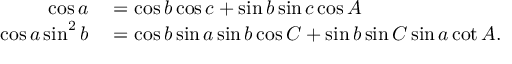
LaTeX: \begin{array} { r l } { \cos a } & { { } = \cos b \cos c + \sin b \sin c \cos A } \\ { \cos a \sin ^ { 2 } b } & { { } = \cos b \sin a \sin b \cos C + \sin b \sin C \sin a \cot A . } \end{array}